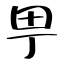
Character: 甼